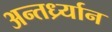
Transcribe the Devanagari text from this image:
अन्तर्ध्र्यान